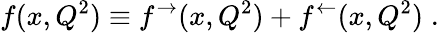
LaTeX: f(x,Q^{2})\equiv f^{\rightarrow}(x,Q^{2})+f^{\leftarrow}(x,Q^{2})\; .